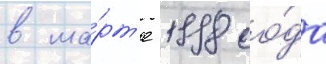
в ма́рт'е 1998 го́да